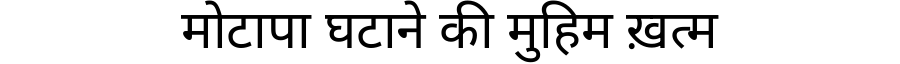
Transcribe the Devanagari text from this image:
मोटापा घटाने की मुहिम ख़त्म